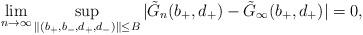
LaTeX: \begin{align*}\lim_{n\to\infty}\sup_{\|(b_+,b_-,d_+,d_-)\|\le B}|\tilde G_n(b_+,d_+)-\tilde G_\infty(b_+,d_+)|=0,\end{align*}